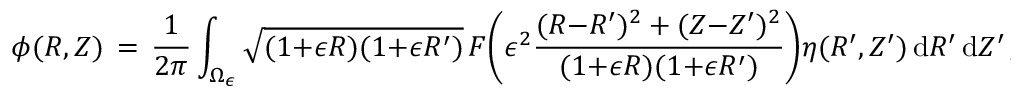
\phi ( R , Z ) \, = \, \frac { 1 } { 2 \pi } \int _ { \Omega _ { \epsilon } } \sqrt { ( 1 { + } \epsilon R ) ( 1 { + } \epsilon R ^ { \prime } ) } \, F \biggl ( \epsilon ^ { 2 } \frac { ( R { - } R ^ { \prime } ) ^ { 2 } + ( Z { - } Z ^ { \prime } ) ^ { 2 } } { ( 1 { + } \epsilon R ) ( 1 { + } \epsilon R ^ { \prime } ) } \biggr ) \eta ( R ^ { \prime } , Z ^ { \prime } ) \, \mathrm { d } R ^ { \prime } \, \mathrm { d } Z ^ { \prime } \, ,